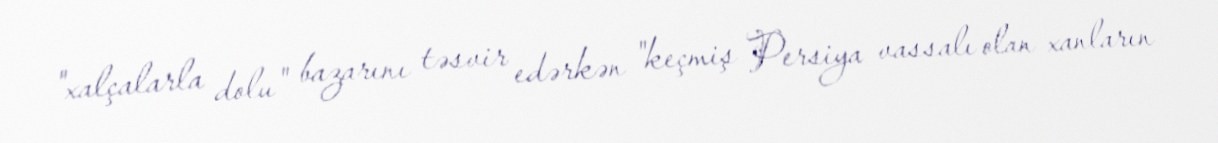
"xalçalarla dolu" bazarını təsvir edərkən "keçmiş Persiya vassalı olan xanların